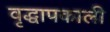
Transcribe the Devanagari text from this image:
वृद्धापकाली